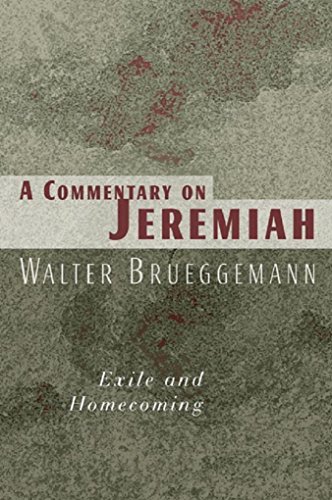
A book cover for A Commentary on Jeremiah: Exile and Homecoming; Walter Bruggemann; Christian Books & Bibles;